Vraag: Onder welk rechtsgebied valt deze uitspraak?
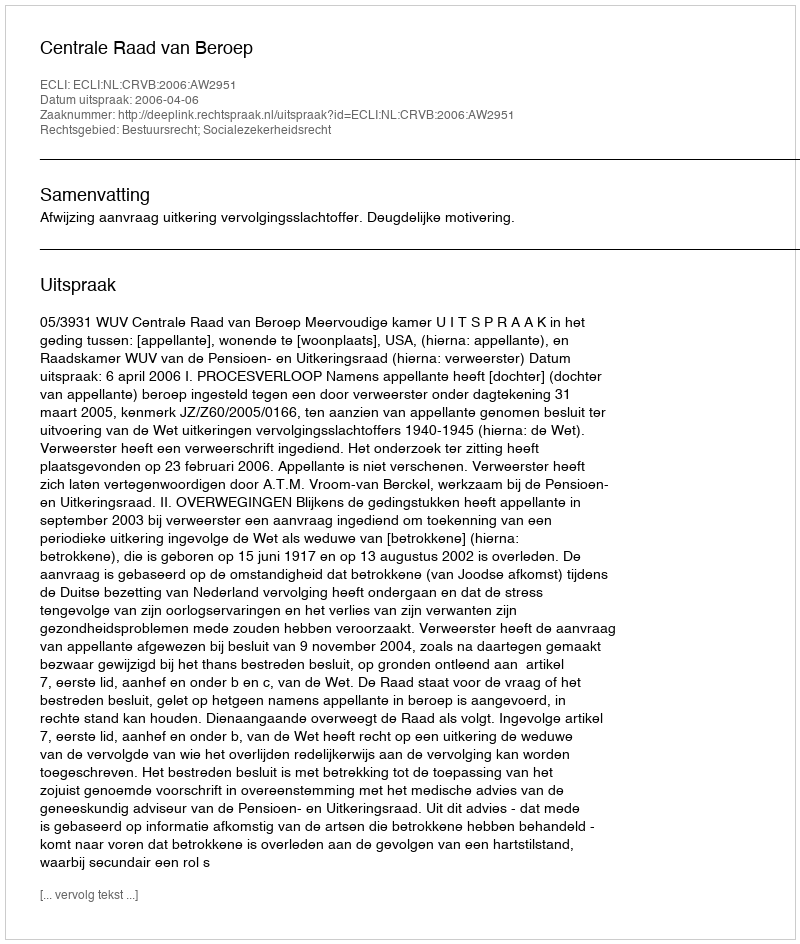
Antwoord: Bestuursrecht; Socialezekerheidsrecht